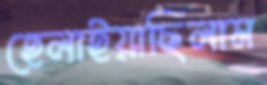
হেলাইয়াছিলাম